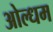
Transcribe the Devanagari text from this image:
ओल्धम